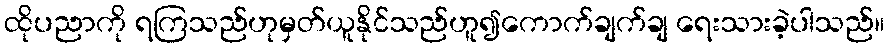
ထိုပညာကို ရကြသည်ဟုမှတ်ယူနိုင်သည်ဟူ၍ကောက်ချက်ချ ရေးသားခဲ့ပါသည်။